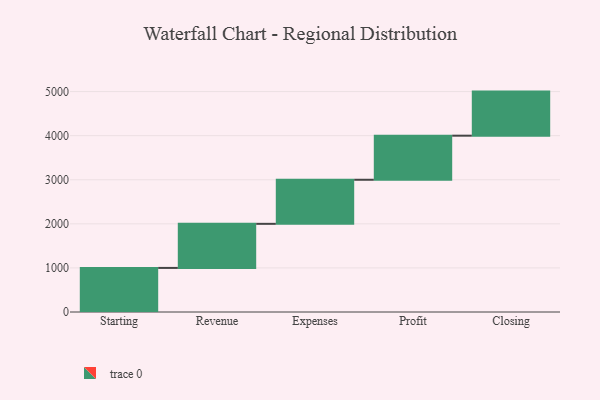
{"axis": {"x": "Step", "y": "Value"}, "legend": [""], "data": [{"x": "Starting", "y": 1000, "type": ""}, {"x": "Revenue", "y": 1000, "type": ""}, {"x": "Expenses", "y": 1000, "type": ""}, {"x": "Profit", "y": 1000, "type": ""}, {"x": "Closing", "y": 1000, "type": ""}]}